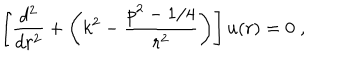
LaTeX: \left[ \frac { d ^ { 2 } } { d r ^ { 2 } } + \left( k ^ { 2 } - \frac { p ^ { 2 } - 1 / 4 } { r ^ { 2 } } \right) \right] u ( r ) = 0 \; ,